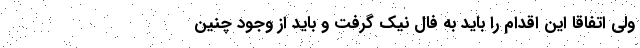
ولی اتفاقا این اقدام را باید به فال نیک گرفت و باید از وجود چنین